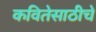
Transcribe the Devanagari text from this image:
कवितेसाठीचे